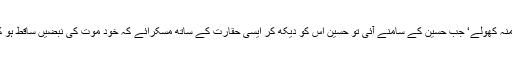
‘ وہ موت‘ منہ کھولے‘ جب حسین کے سامنے آئی تو حسین اس کو دیکھ کر ایسی حقارت کے ساتھ مسکرائے کہ خود موت کی نبضیں ساقط ہو کر رہ گئیں۔